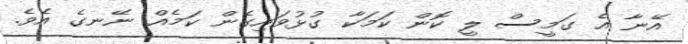
އޭނާ އެ ގަމީސް ލީ ކޮން ކަމަކާ ގުޅުވައިގެން ކަމެއް ނޭނގެ އެވެ.